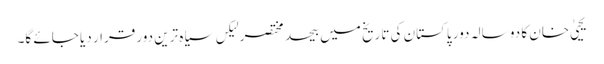
یحییٰ خان کا دو سالہ دور پاکستان کی تاریخ میں بیحد مختصر لیکں سیاہ ترین دور قرار دیا جائے گا۔